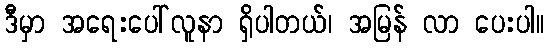
ဒီမှာ အရေးပေါ်လူနာ ရှိပါတယ်၊ အမြန် လာ ပေးပါ။